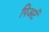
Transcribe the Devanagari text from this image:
पिअर्ट